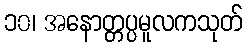
၁၀၊ အနောတ္တပ္ပမူလကသုတ်